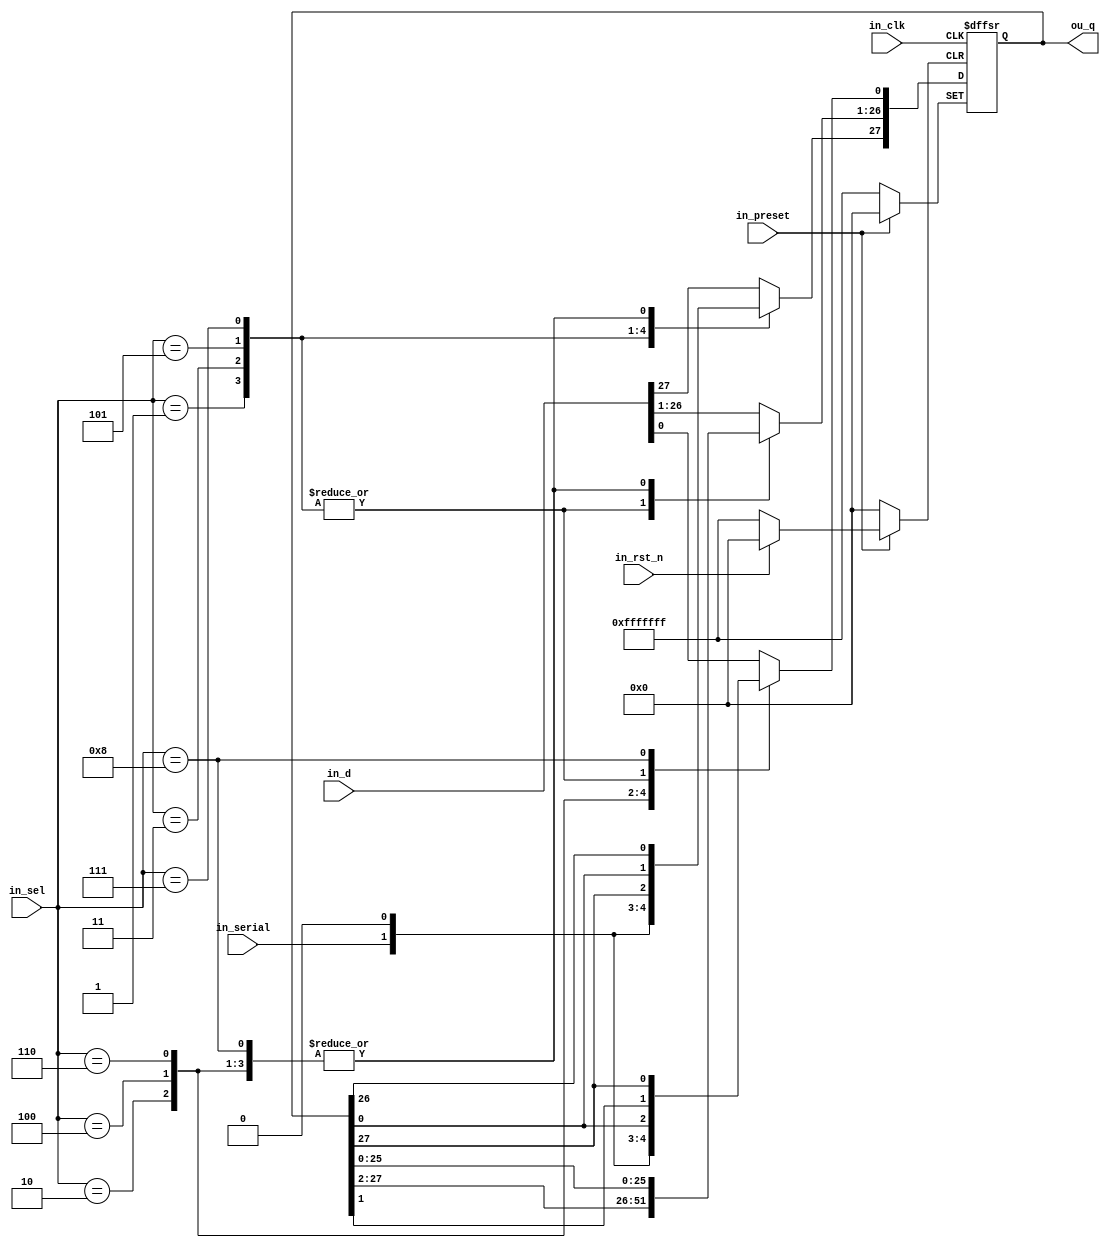
module registro_multfunc (ou_q, in_d, in_clk, in_rst_n, in_preset, in_sel, in_serial);
	input in_clk, in_rst_n, in_preset, in_serial;
	input[3:0] in_sel;
    input [27:0] in_d;
    output reg[27:0] ou_q;
    reg n;
	
	always @(posedge in_clk or negedge in_rst_n or negedge in_preset )
		if (~in_preset)
		ou_q = 28'b1111_1111_1111_1111_1111_1111_1111;	
		else if (~in_rst_n)
		ou_q = 28'd0;
		else 	
			case(in_sel)
				4'b0000 : ou_q = in_d; 
				4'b0001 : begin
						  ou_q = ou_q >> 1 ;
						  ou_q[27] = in_serial;
					      end
				4'b0010 : begin
						  ou_q = ou_q << 1 ;
						  ou_q[0] = in_serial;
					      end 
				4'b0011 : ou_q = ou_q >> 1 ;
				4'b0100 : ou_q = ou_q << 1 ;
				4'b0101 : begin
						  ou_q = ou_q >> 1 ;
						  ou_q[27] = ou_q[26];
					      end
				4'b0110 : begin
						  ou_q = ou_q << 1 ;
						  ou_q[0] = ou_q[1];
					      end
				4'b0111 : begin
						  n = ou_q[0];
						  ou_q = ou_q >> 1 ;
						  ou_q[27] = n;
					      end
				4'b1000 : begin
						  n = ou_q[27];
						  ou_q = ou_q << 1 ;
						  ou_q[0] = n;
					      end
				default : ou_q = in_d;
			endcase
endmodule


/*
if (in_rst_n)
		begin
			if (in_preset)
			begin
				case(in_sel)
					4'b0000 : ou_q = in_d; 
					4'b0001 : begin
							  ou_q = ou_q >> 1 ;
							  ou_q[31] = in_serial;
						      end
					4'b0010 : begin
							  ou_q = ou_q << 1 ;
							  ou_q[0] = in_serial;
						      end 
					4'b0011 : ou_q = ou_q >> 1 ;
					4'b0100 : ou_q = ou_q << 1 ;
					4'b0101 : begin
							  ou_q = ou_q >> 1 ;
							  ou_q[31] = ou_q[30];
						      end
					4'b0110 : begin
							  ou_q = ou_q << 1 ;
							  ou_q[0] = ou_q[1];
						      end
					4'b0111 : begin
							  n = ou_q[0];
							  ou_q = ou_q >> 1 ;
							  ou_q[31] = n;
						      end
					4'b1000 : begin
							  n = ou_q[31];
							  ou_q = ou_q << 1 ;
							  ou_q[0] = n;
						      end
					default : ou_q = in_d;
				endcase
			end
			else
				ou_q = 32'b1111_1111_1111_1111_1111_1111_1111_1111;	
		end
		else
			ou_q = 32'b0000_0000_0000_0000_0000_0000_0000_0000;
*/